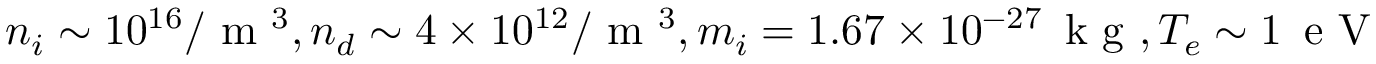
n _ { i } \sim 1 0 ^ { 1 6 } / \textrm { m } ^ { 3 } , n _ { d } \sim 4 \times 1 0 ^ { 1 2 } / \textrm { m } ^ { 3 } , m _ { i } = 1 . 6 7 \times 1 0 ^ { - 2 7 } \, \textrm { k g } , T _ { e } \sim 1 \, \textrm { e V }